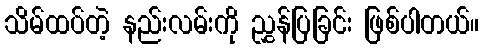
သိမ်ထပ်တဲ့ နည်းလမ်းကို ညွှန်ပြခြင်း ဖြစ်ပါတယ်။